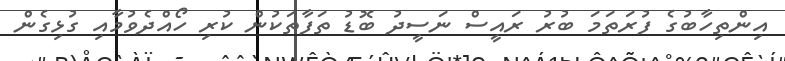
އިންތިހާބުގެ ފުރަތަމަ ބުރު ރައީސް ނަސީދު ބޮޑު ތަފާތަކުން ކުރި ހޯއްދެވުމާއި ގުޅިގެން